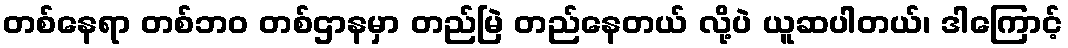
တစ်နေရာ တစ်ဘဝ တစ်ဌာနမှာ တည်မြဲ တည်နေတယ် လို့ပဲ ယူဆပါတယ်၊ ဒါကြောင့်